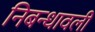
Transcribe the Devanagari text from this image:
निबन्धावली